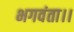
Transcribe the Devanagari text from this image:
भगवंता।।